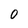
Character: 0